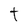
Character: t